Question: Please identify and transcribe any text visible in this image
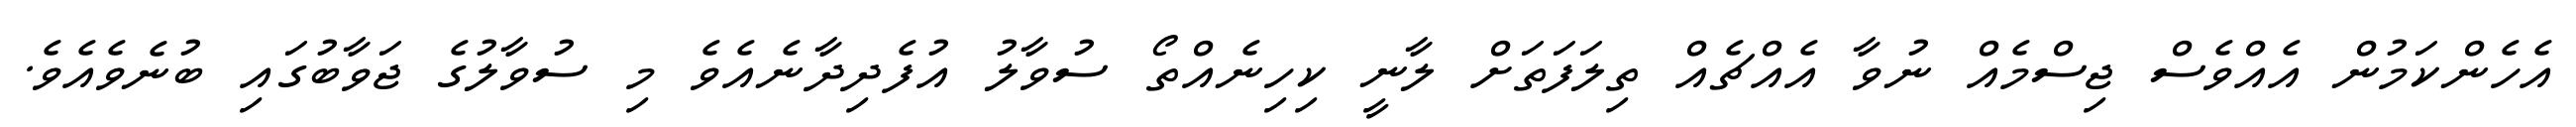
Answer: އެހެންކަމުން އެއްވެސް ޖިސްމެއް ނުވާ އެއްޗެއް ތިލަފަތަށް ލާނީ ކިހިނެއްތޯ ސުވާލު އުފެދިދާނެއެވެ މި ސުވާލުގެ ޖަވާބުގައި ބުނެވެއެވެ.